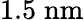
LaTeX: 1.5\; \mathrm{nm}